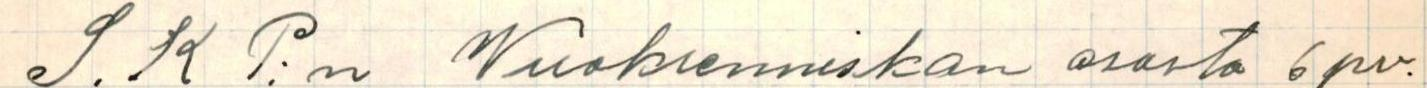
S.K.P:n Vuoksenniskan osasto 6 pv.